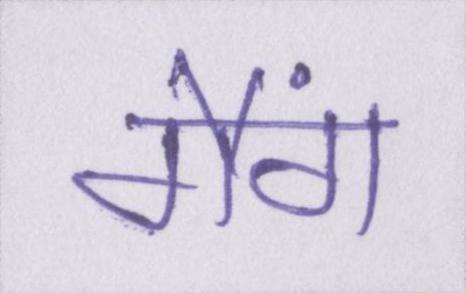
गैंग